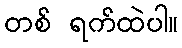
တစ် ရက်ထဲပါ။